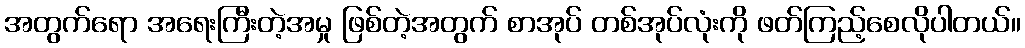
အတွက်ရော အရေးကြီးတဲ့အမှု ဖြစ်တဲ့အတွက် စာအုပ် တစ်အုပ်လုံးကို ဖတ်ကြည့်စေလိုပါတယ်။